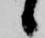
候